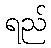
ရည်